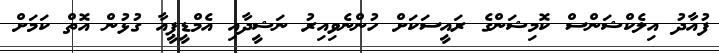
ފުއާދު އިލެކްޝަންސް ކޮމިޝަންގެ ރައީސަކަށް ހުންނެވިއިރު ނަޝީދާއި އެމްޑީޕީއާ ގުޅުން އޮތް ކަމަށް